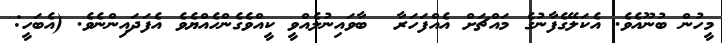
މީހުން ބުނޫއެވެ. އެކަލޭގެފާނުގެ މައްޗަށް އެއްފަހަރާ  ބާވައިނުލެއްވީ ކީއްވެގެންހެއްޔެވެ އެފަދައިންނެވެ. (އެބަހީ: